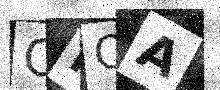
Text: CHQA